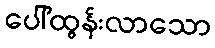
ပေါ်ထွန်းလာသော